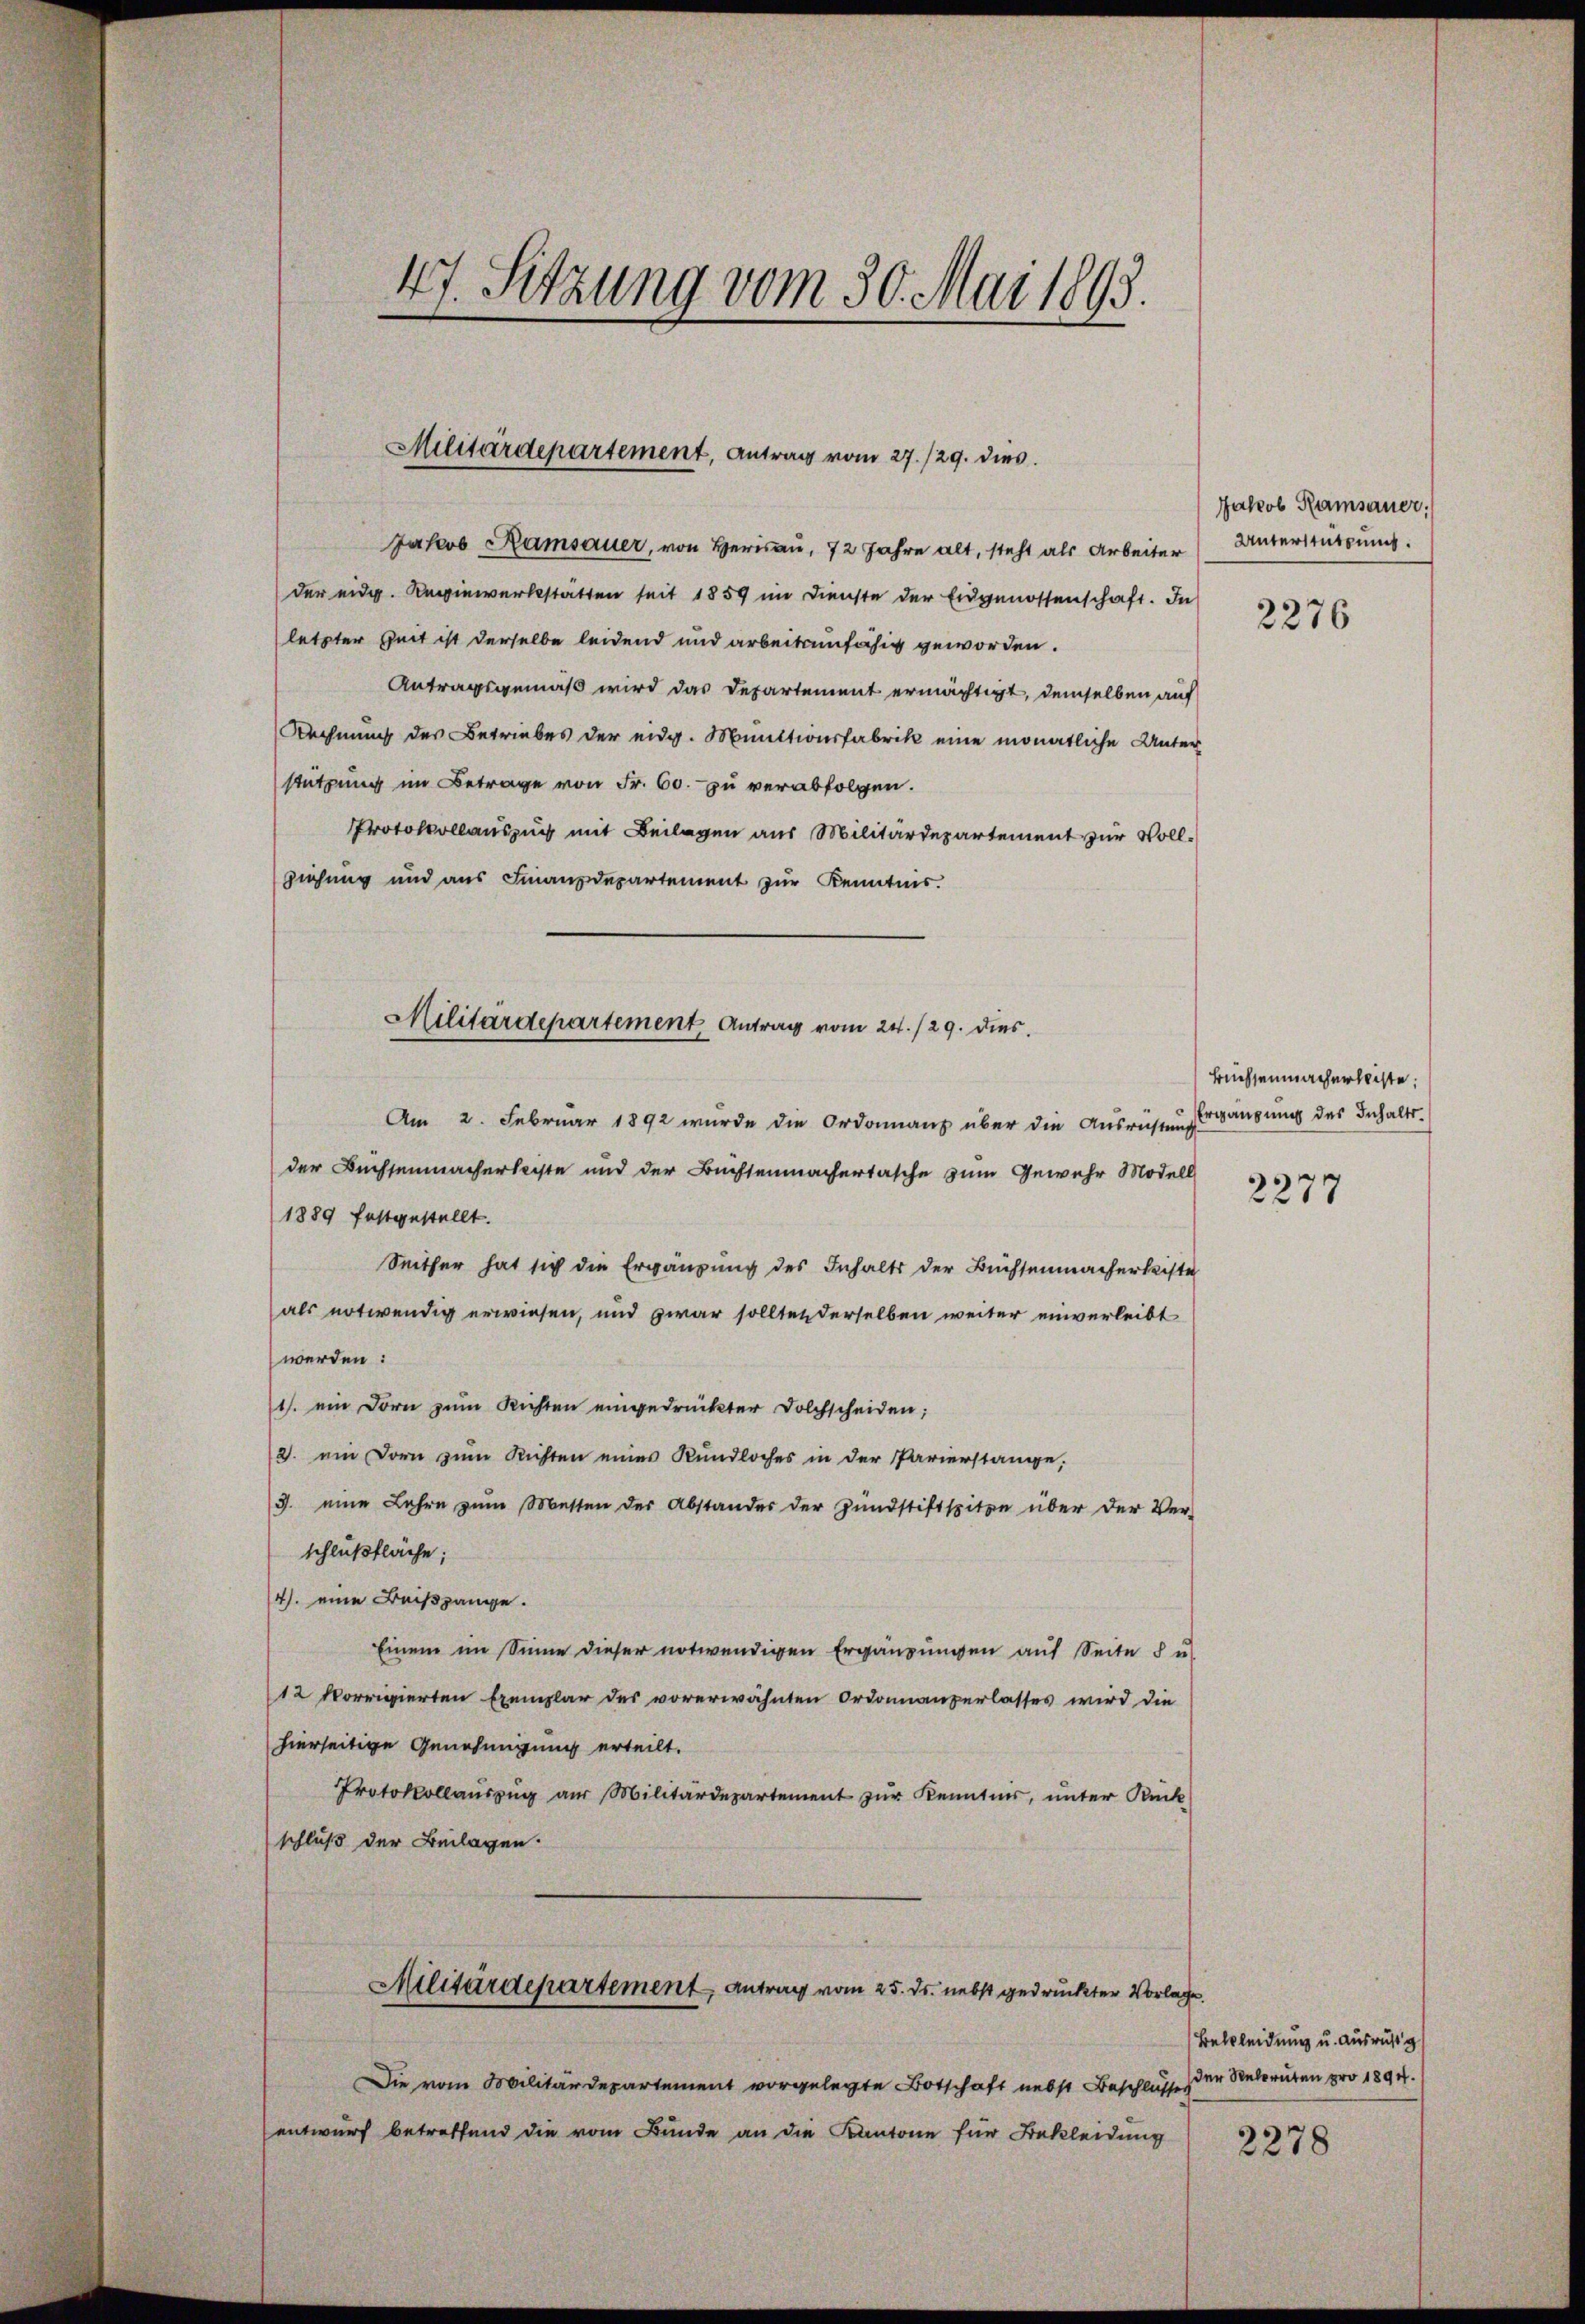
47. Sitzung vom 30. Mai 1893.

Militärdepartement, Antrag vom 27./29. dies

Jacob Ramsauer, von Herisau, 72 Jahre alt, steht als Arbeiter
der eidg. Keinwerkstätten seit 1859 im Dienste der Eidgenossenschaft. In
letzter Zeit ist derselbe leidend und arbeitsfähig geworden.
Antragsgemäß wird das Departement ermächtigt, demselben auf
Rechnung des Betriebes der eidg. Munktionsfabrik eine monatliche Unter
stützung im Betrage von Fr. 60. zu verabfolgen.
Protokollauszug mit Beilagen aus Militärdepartement zur Vollziehung und aus Finanzdepartement zur Kenntnis.
Am 2. Februar 1892 wurde die Ordonnanz über die Ausrichtung.
der Buchsenmacherleiste und der Buchsenmachertasche zum Gewehr Modell
1889 festgestellt.
Seither hat sich die Ergänzung des Inhalts der Büchsenmacherkiste
als notwendig erwiesen, und zwar sollten derselben weiter einverleibt
werden:
1. ein Dorn zum Richten eingedruckter Dolchscheiden;
2. ein Dorn zum Richten eines Kundloches in der Parierstange,
3. eine Lehre zŭm Messen der Abstandes der Zŭndstiftspitze über der Ver-
schlußfläche;
4. eine Deißgänge.
Einem im Sinne dieser notwendigen Ergänzungen auf Seite 8 u.
12 korrigierten Exemplar des vorerwähnten Ordonnanzerlasses wird die
hierseitige Genehmigung erteilt.
Protokollaŭszŭg aŭs Militärdepartement zŭr Kenntnis, ŭnter Rück-
schluß der Beilagen.
Militärdepartement Antrag vom 25. ds. nebst gedrückter Vorlage.
Die vom Mobilitärdepartement vorgelegte Botschaft nebst Beschlusses
entwurf betreffend die vom Bunde an die Kantone für Bekleidung

Militärdepartement Antrag vom 24./29. dies

Jakob Ramsauer.
Unterstützung.

2276

Bressenmacherleiste
Ergängung des Inhalts¬

2277

Bekleidung u. Ausrüstig
der Rekruten pro 1894.

2278